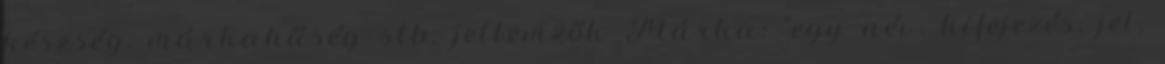
készség, márkahűség stb. jellemzők Márka: "egy név, kifejezés, jel,